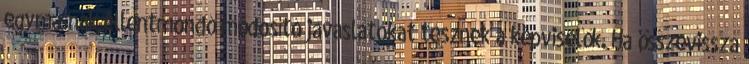
egymásnak ellentmondó módosító javaslatokat tesznek a képviselők. Ha összevissza